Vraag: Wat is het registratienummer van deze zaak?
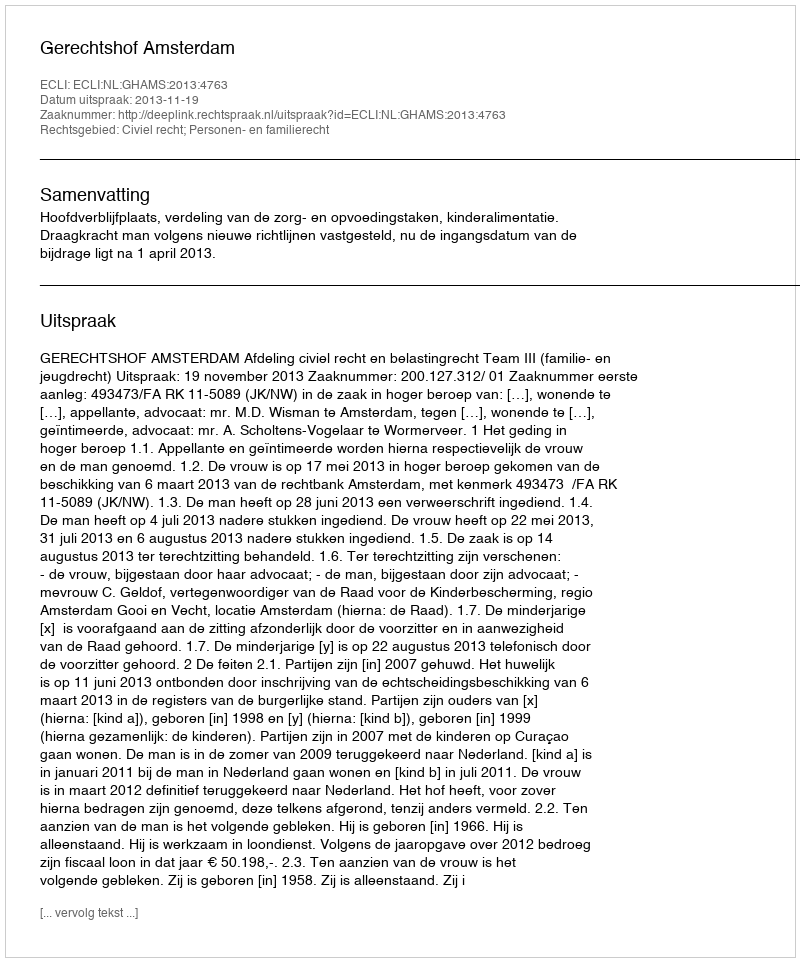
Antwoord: http://deeplink.rechtspraak.nl/uitspraak?id=ECLI:NL:GHAMS:2013:4763